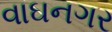
વાઘનગર